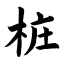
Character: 桩